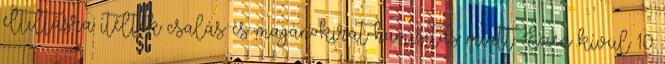
eltiltásra ítélték csalás és magánokirat-hamisítás miatt. Ezen kívül 10